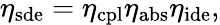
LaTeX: \eta_{\mathrm{sde}}=\eta_{\mathrm{cpl}}\eta_{\mathrm{abs}}\eta_{\mathrm{ide}},